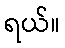
ရယ်။